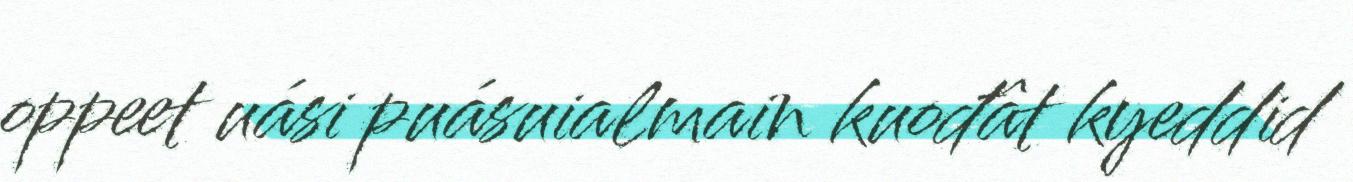
oppeet uási puásuialmain kuođât kyeddid